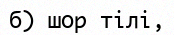
б) шор тілі,